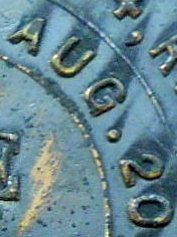
AUG. 20